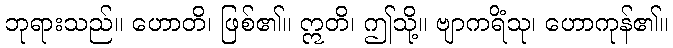
ဘုရားသည်။ ဟောတိ၊ ဖြစ်၏။ ဣတိ၊ ဤသို့။ ဗျာကရိံသု၊ ဟောကုန်၏။